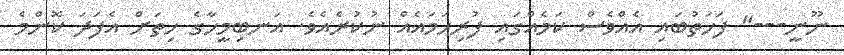
ނޫނީ---" ފަހަތުބައި އެއްވެސް ކަމެއްގައި ފުރިހަމައެއް ނުކުރެއެވެ. އަނބިމީހާގެ ހިތަށް އެފަދަ ކޮންމެ